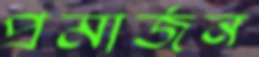
প্রমার্জন